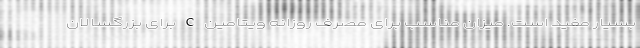
بسیار مفید است. میزان مناسب برای مصرف روزانه ویتامین C برای بزرگسالان